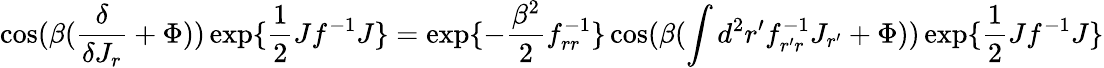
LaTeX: \cos(\beta({\frac{\delta}{\delta J_{r}}}+\Phi))\exp\{ {\frac{1}{2}}Jf^{-1}J\} =\exp\{ -{\frac{\beta^{2}}{2}}f_{rr}^{-1}\} \cos(\beta(\int d^{2}r^{\prime}f_{r^{\prime}r}^{-1}J_{r^{\prime}}+\Phi))\exp\{ {\frac{1}{2}}Jf^{-1}J\}